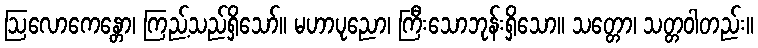
ဩလောကေန္တော၊ ကြည့်သည်ရှိသော်။ မဟာပုညော၊ ကြီးသောဘုန်းရှိသော။ သတ္တော၊ သတ္တဝါတည်း။